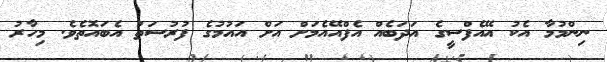
ނިންމުމާ އެކު އޭއެފްސީގެ އަދަބެއް އެފްއޭއެމަށް އަށް އައުމުގެ ފުރުސަތު އެބައޮތެވެ. މިހާރު